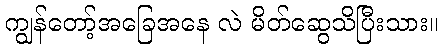
ကျွန်တော့်အခြေအနေ လဲ မိတ်ဆွေသိပြီးသား။